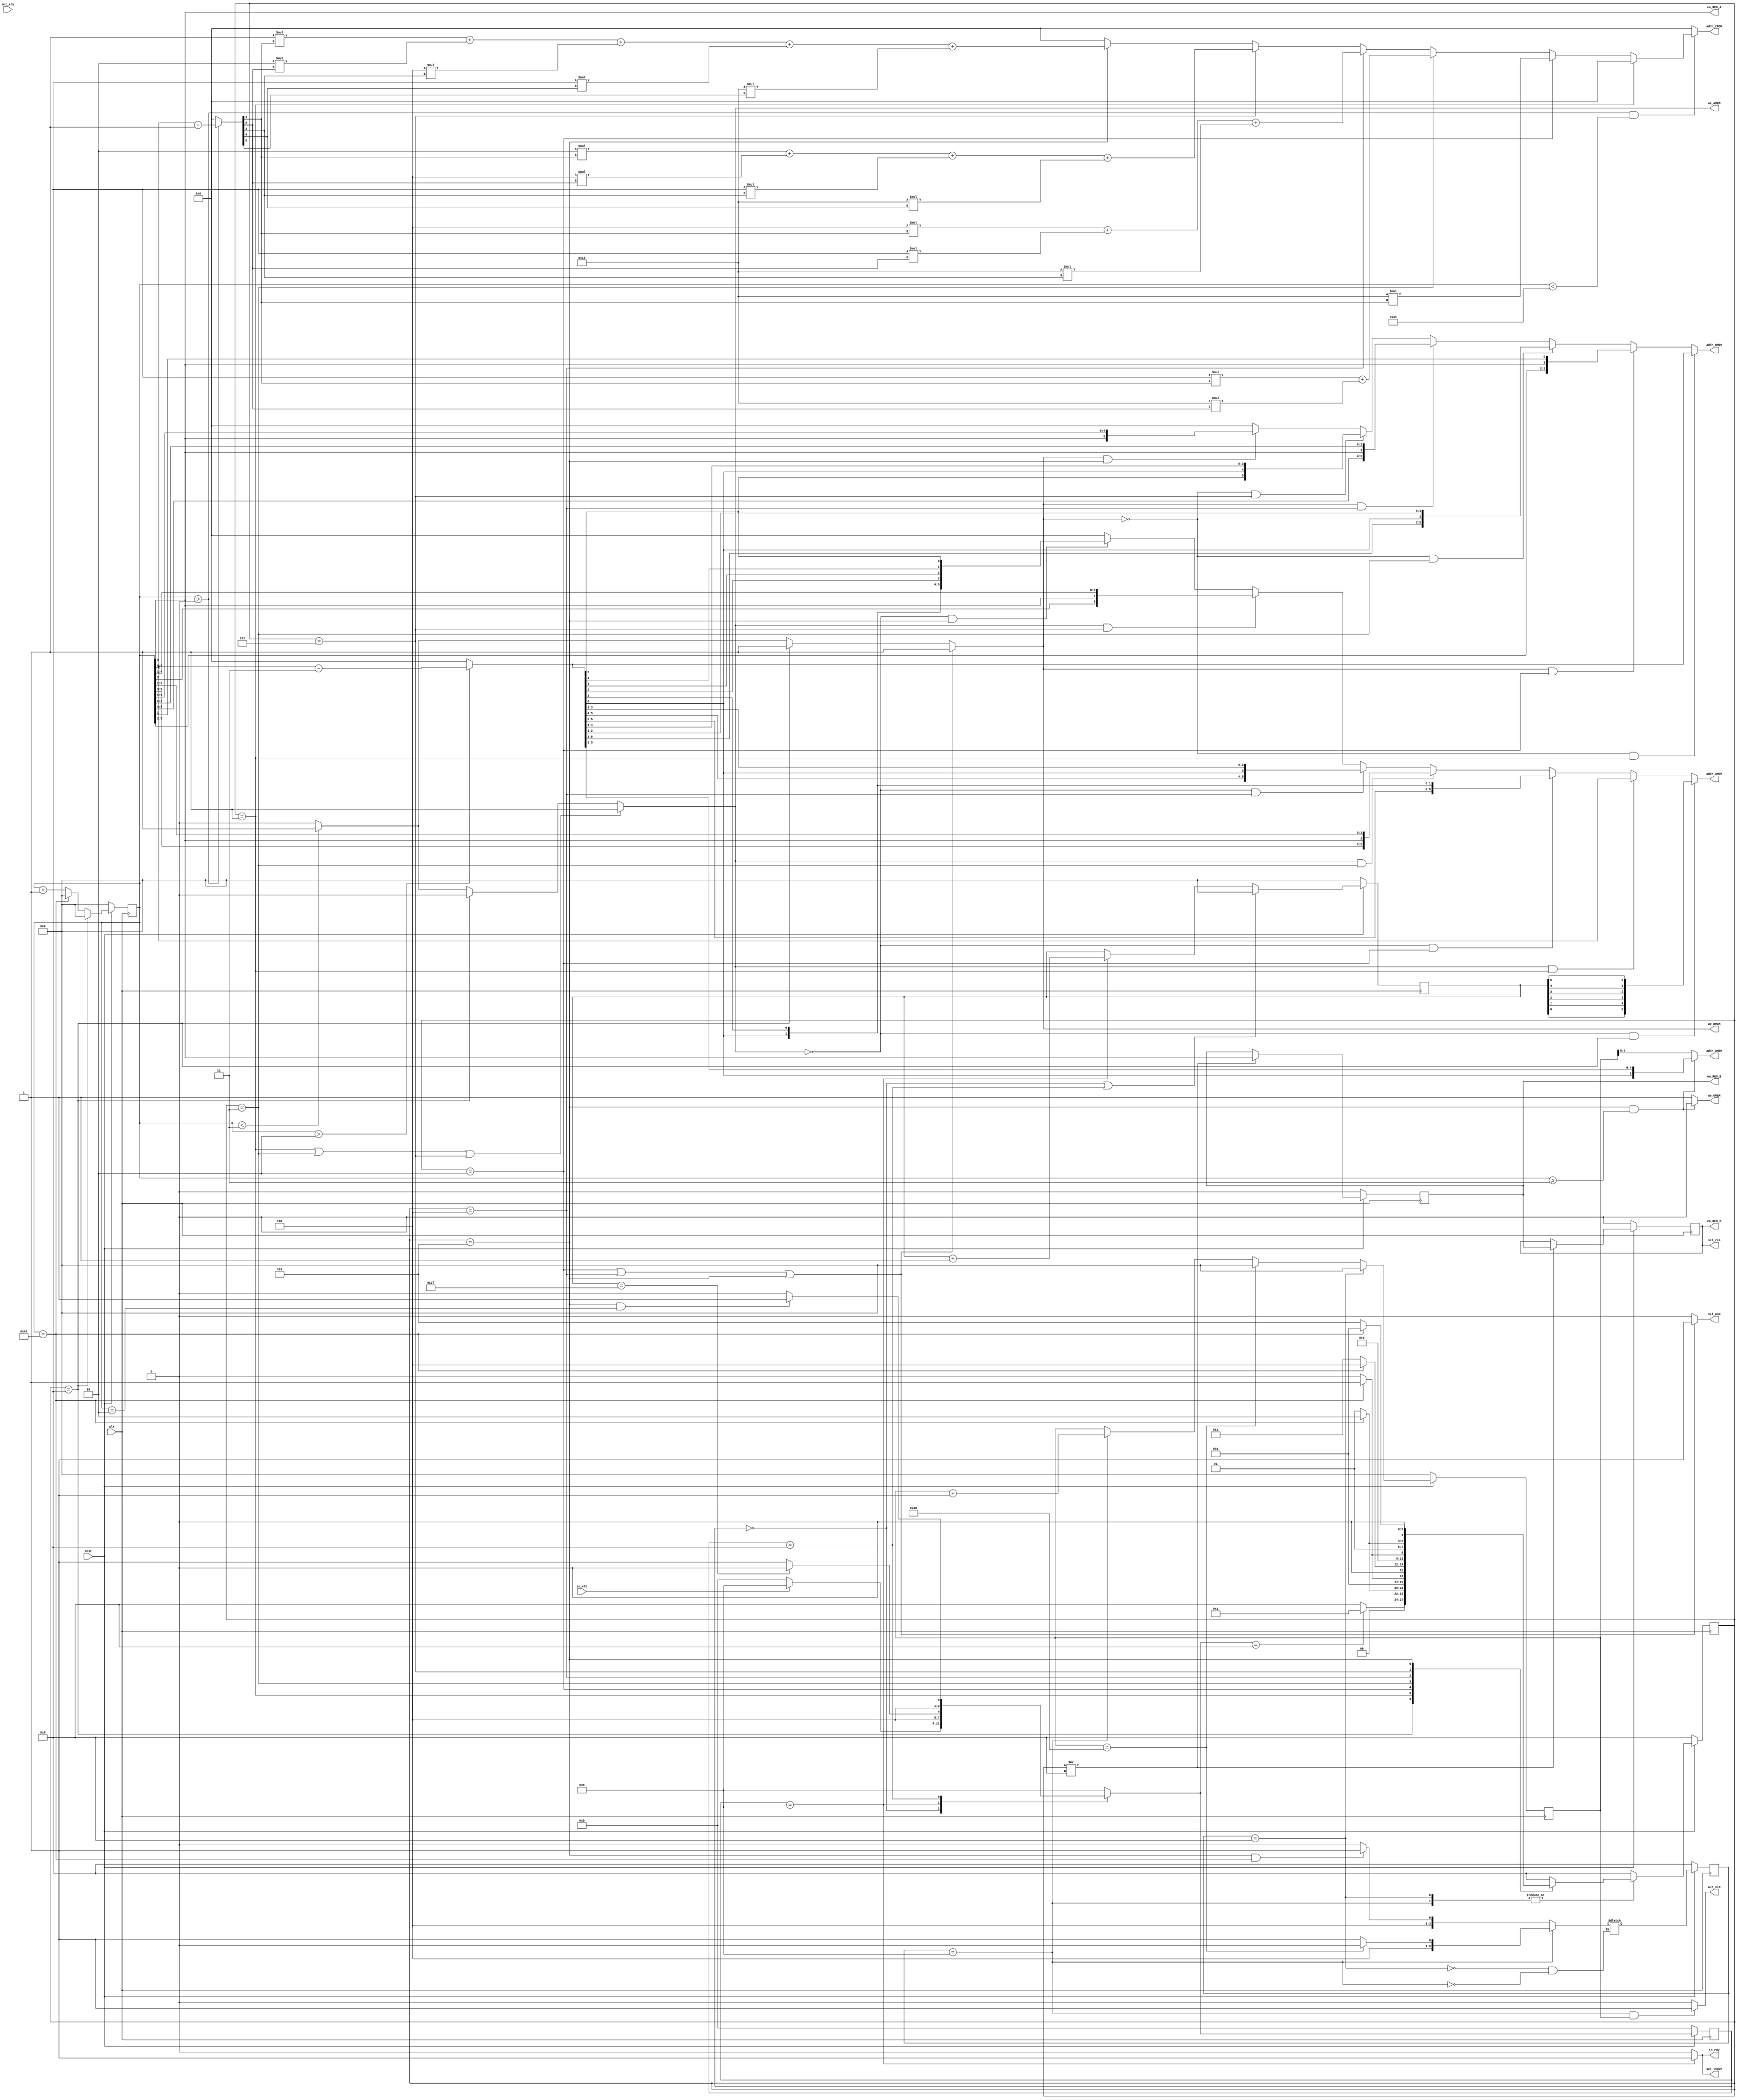
module controller
	#(parameter N = 6) // 64pt
(
        input 		    clk, nrst, in_vld, out_rdy,
        output wire 	in_rdy, out_vld,
	    output wire	    sel_input,
	    output wire 	sel_res,
        output wire 	sel_mem,
        output wire 	we_AMEM, we_BMEM, we_OMEM,
        output wire 	[N-1:0] addr_AMEM,
        output wire 	[N-1:0] addr_BMEM,
        output wire 	[N-1:0] addr_OMEM,
        output wire 	[N-1:0] addr_CROM, //
        output wire 	en_REG_A,
	    output reg	    en_REG_B, en_REG_C
);

reg [N:0] cnt, cnt_in, cnt_out; // 2^7 = 128
reg [N/2:0] cstate, cstate_in, cstate_out;
reg [N/2:0] nstate, nstate_in, nstate_out;

// FSM
localparam
	PRE_IN  = 4'b0000, // 0
	IDLE    = 4'b1000, // 8
	RUN     = 4'b1001, // 9
	STAGE_1 = 4'b0001, // 1
	STAGE_2 = 4'b0010, // 2
	STAGE_3 = 4'b0011, // 3
	STAGE_4 = 4'b0100, // 4
	STAGE_5 = 4'b0101, // 5
	STAGE_6 = 4'b0110, // 6
	/*
	STALL   = 4'b1111; // 15
	*/
	LCNT	= 2**N + 2;

always @(posedge clk) // 1 cycle delayed
begin
	if(!nrst)
	begin
		cstate 	   <= IDLE;
		cstate_in  <= PRE_IN;
		cstate_out <= IDLE;
	end

	else
	begin
		cstate     <= nstate;
		cstate_in  <= nstate_in;
		cstate_out <= nstate_out;
	end
end


always@(*)
begin
	case(cstate_in)
		PRE_IN:
		begin
			if(in_vld) // nrst = 1
				nstate_in <= RUN;
			else 
				nstate_in <= PRE_IN;
		end

		RUN:
		begin
			if(cnt_in == LCNT - 3) // Pipeline depth = 3
				nstate_in <= IDLE;
			else
				nstate_in <= RUN;
		end

		IDLE:
		begin
			if(cstate == STAGE_6 && cnt == 2) // after 3 cycles ext data in for set 2
				nstate_in <= RUN;
			else
				nstate_in <= IDLE;
		end

		default: nstate_in <= RUN;
	endcase

	case(cstate)
		IDLE:
		begin
			if(nstate_in == IDLE) 
				nstate <= STAGE_1;
			else 
				nstate <= IDLE;
		end
		STAGE_1:
		begin
			if(cnt == LCNT) // 66; 67 cycles
				nstate <= STAGE_2;
			else
				nstate <= STAGE_1;
		end
		STAGE_2:
		begin
			if(cnt == LCNT)
				nstate <= STAGE_3;
			else
				nstate <= STAGE_2;
		end
		STAGE_3:
		begin
			if(cnt == LCNT)
				nstate <= STAGE_4;
			else
				nstate <= STAGE_3;
		end
		STAGE_4:
		begin
			if(cnt == LCNT)
				nstate <= STAGE_5;
			else
				nstate <= STAGE_4;
		end
		STAGE_5:
		begin
			if(cnt == LCNT)
				nstate <= STAGE_6;
			else
				nstate <= STAGE_5;
		end
		STAGE_6:
		begin
			if(cnt == LCNT)
				nstate <= STAGE_1;
			else
				nstate <= STAGE_6;
		end

		default: nstate <= IDLE;
	endcase

	case(cstate_out)
	IDLE:
	begin
		if(cstate == STAGE_6 && cnt == LCNT)
			nstate_out <= RUN;
		else
			nstate_out <= IDLE;
	end

	RUN:
	begin
		if(cnt_out == LCNT - 2)
			nstate_out <= IDLE;
		else
			nstate_out <= RUN;
	end

	default: nstate <= IDLE;
	endcase
end

// Counter
// cnt
always @(posedge clk) 
begin
	if(!nrst) cnt <= 0;
	else
	begin
		if(cstate == IDLE) 		 cnt <= 0;
		else if(cnt == LCNT) 	 cnt <= 0;
		else 			   		 cnt <= cnt + 1;
	end
end

// cnt_in
always @(posedge clk) 
begin
	if(!nrst) cnt_in <= 0;
	else
	begin
		if(cstate_in == PRE_IN || cstate_in == IDLE)
		begin
			cnt_in <= 0;
		end
		else if(cstate_in == RUN)
		begin
			cnt_in <= cnt_in + 1;
		end
		else cnt_in <= cnt_in;
	end
end

// cnt_out
always @(posedge clk) 
begin
	if(!nrst) cnt_out <= 0;
	else
	begin
		if(cstate_out == IDLE)
		begin
			cnt_out <= 0;
		end
		else if(cnt_out == LCNT - 2)
		begin
			cnt_out <= 0;
		end
		else if(cstate_out == RUN)
		begin
			cnt_out <= cnt_out + 1;
		end
		else cnt_out <= cnt_out;
	end
end

// REG_A
assign en_REG_A = cnt[0]; // 1 for odd count

// REG_B, REG_C
always @(posedge clk) 
begin
	if(!nrst) 
    begin
		en_REG_B <= 0;
		en_REG_C <= 0;
	end
    else if(cstate != IDLE)
    begin
		en_REG_B <= en_REG_A;
		en_REG_C <= en_REG_B;
	end
	else 
    begin
		en_REG_B <= en_REG_B;
		en_REG_C <= en_REG_C;
	end 
end

// Memory Write Enable
assign we_AMEM 	= (cstate == STAGE_1 || cstate == STAGE_3 || cstate == STAGE_5) ? 1 : (cstate == IDLE ? 0 : (cnt < 3 ? 1 : 0));
assign we_BMEM 	= (cstate == STAGE_2 || cstate == STAGE_4 || cstate == STAGE_6) ? 1 : (cstate == IDLE ? 1 : (cnt < 3 ? 1 : 0));
assign we_OMEM 	= (cstate == STAGE_6 && cnt >= 3) ? 0 : 1;

assign out_vld = (cstate_out == RUN && cnt_out) ? 1 : 0;
assign in_rdy  = (cstate_in  == RUN) ? 1 : 0;		

assign sel_input = in_rdy;
assign sel_res   = en_REG_C;  
assign sel_mem   = (cstate == STAGE_2 || cstate == STAGE_4 || cstate == STAGE_6) ? 1 : 0;

// Address
wire [N:0] cnt_dly, cnt_CROM;
assign cnt_dly  = (cnt > 2) ? (cnt - 3) : 0; // Count starts when cnt == 3
assign cnt_CROM = (cnt > 0) ? (cnt - 1) : 0; // Count starts when cnt == 1

wire [N-1:0] tmp0_addr_AMEM, tmp1_addr_AMEM, tmp2_addr_AMEM, tmp3_addr_AMEM, tmp4_addr_AMEM, tmp5_addr_AMEM, tmp6_addr_AMEM;
wire [N-1:0] tmp0_addr_BMEM, tmp1_addr_BMEM, tmp2_addr_BMEM, tmp3_addr_BMEM, tmp4_addr_BMEM, tmp5_addr_BMEM, tmp6_addr_BMEM;
wire [N-1:0] tmp1_addr_CROM, tmp2_addr_CROM, tmp3_addr_CROM, tmp4_addr_CROM, tmp5_addr_CROM, tmp6_addr_CROM;

assign tmp6_addr_AMEM = (!we_AMEM && cstate == STAGE_6) ? {cnt_dly[0], cnt_dly[1], cnt_dly[2], cnt_dly[3], cnt_dly[4], cnt_dly[5]} : 0;
assign tmp5_addr_AMEM = ( we_AMEM && cstate == STAGE_5) ? {cnt[5], cnt[0], cnt[4], cnt[3], cnt[2], cnt[1]} : tmp6_addr_AMEM;
assign tmp4_addr_AMEM = (!we_AMEM && cstate == STAGE_4) ? {cnt_dly[5], cnt_dly[4], cnt_dly[0], cnt_dly[3], cnt_dly[2], cnt_dly[1]} : tmp5_addr_AMEM;
assign tmp3_addr_AMEM = ( we_AMEM && cstate == STAGE_3) ? {cnt[5], cnt[4], cnt[3], cnt[0], cnt[2], cnt[1]} : tmp4_addr_AMEM;
assign tmp2_addr_AMEM = (!we_AMEM && cstate == STAGE_2) ? {cnt_dly[5], cnt_dly[4], cnt_dly[3], cnt_dly[2], cnt_dly[0], cnt_dly[1]} : tmp3_addr_AMEM;
assign tmp1_addr_AMEM = ( we_AMEM && cstate == STAGE_1) ? {cnt[5], cnt[4], cnt[3], cnt[2], cnt[1], cnt[0]} : tmp2_addr_AMEM;
assign tmp0_addr_AMEM = (!we_AMEM && cstate == IDLE   ) ? {cnt_in[0], cnt_in[1], cnt_in[2], cnt_in[3], cnt_in[4], cnt_in[5]} : tmp1_addr_AMEM;

assign tmp6_addr_BMEM = ( we_BMEM && cstate == STAGE_6) ? {cnt[0], cnt[5], cnt[4], cnt[3], cnt[2], cnt[1]} : 0;
assign tmp5_addr_BMEM = (!we_BMEM && cstate == STAGE_5) ? {cnt_dly[5], cnt_dly[0], cnt_dly[4], cnt_dly[3], cnt_dly[2], cnt_dly[1]} : tmp6_addr_BMEM;
assign tmp4_addr_BMEM = ( we_BMEM && cstate == STAGE_4) ? {cnt[5], cnt[4], cnt[0], cnt[3], cnt[2], cnt[1]} : tmp5_addr_BMEM;
assign tmp3_addr_BMEM = (!we_BMEM && cstate == STAGE_3) ? {cnt_dly[5], cnt_dly[4], cnt_dly[3], cnt_dly[0], cnt_dly[2], cnt_dly[1]} : tmp4_addr_BMEM;
assign tmp2_addr_BMEM = ( we_BMEM && cstate == STAGE_2) ? {cnt[5], cnt[4], cnt[3], cnt[2], cnt[0], cnt[1]} : tmp3_addr_BMEM;
assign tmp1_addr_BMEM = (!we_BMEM && cstate == STAGE_1) ? {cnt_dly[5], cnt_dly[4], cnt_dly[3], cnt_dly[2], cnt_dly[1], cnt_dly[0]} :tmp2_addr_BMEM;

assign tmp6_addr_CROM = (cstate == STAGE_6) ? ( 1*cnt_CROM[1] +  2*cnt_CROM[2] +  4*cnt_CROM[3] +  8*cnt_CROM[4]+ 16*cnt_CROM[5]) : 0;
assign tmp5_addr_CROM = (cstate == STAGE_5) ? ( 2*cnt_CROM[1] +  4*cnt_CROM[2] +  8*cnt_CROM[3] + 16*cnt_CROM[4]) : tmp6_addr_CROM;
assign tmp4_addr_CROM = (cstate == STAGE_4) ? ( 4*cnt_CROM[1] +  8*cnt_CROM[2] + 16*cnt_CROM[3]) : tmp5_addr_CROM;
assign tmp3_addr_CROM = (cstate == STAGE_3) ? ( 8*cnt_CROM[1] + 16*cnt_CROM[2]) : tmp4_addr_CROM;
assign tmp2_addr_CROM = (cstate == STAGE_2) ? (16*cnt_CROM[1]) : tmp3_addr_CROM;
assign tmp1_addr_CROM = (cstate == STAGE_1) ? 0 : tmp2_addr_CROM;

assign addr_AMEM = tmp0_addr_AMEM;
assign addr_BMEM = tmp1_addr_BMEM;
assign addr_CROM = (cnt > 0 && cnt < LCNT - 1) ? tmp1_addr_CROM : 0;
assign addr_OMEM = !(we_OMEM) ? {cnt_dly[0], cnt_dly[5], cnt_dly[4], cnt_dly[3], cnt_dly[2], cnt_dly[1]} 
							  : {cnt_out[5], cnt_out[4], cnt_out[3], cnt_out[2], cnt_out[1], cnt_out[0]};

endmodule